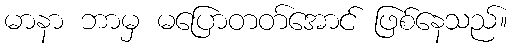
မာနာ ဘာမှ မပြောတတ်အောင် ဖြစ်နေသည်။